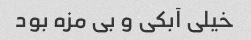
خیلی آبکی و بی مزه بود